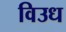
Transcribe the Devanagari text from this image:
विउध